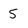
Character: 5